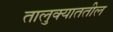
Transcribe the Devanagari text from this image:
तालुक्याततील